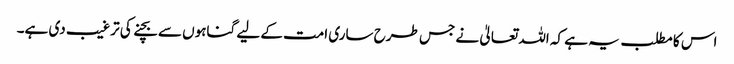
اس کا مطلب یہ ہے کہ اللہ تعالیٰ نے جس طرح ساری امت کے لیے گناہوں سے بچنے کی ترغیب دی ہے۔